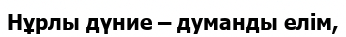
Нұрлы дүние – думанды елім,